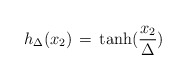
\begin{align*}h_\Delta (x_2)\,=\,{\rm tanh} (\frac{x_2}{\Delta})\end{align*}